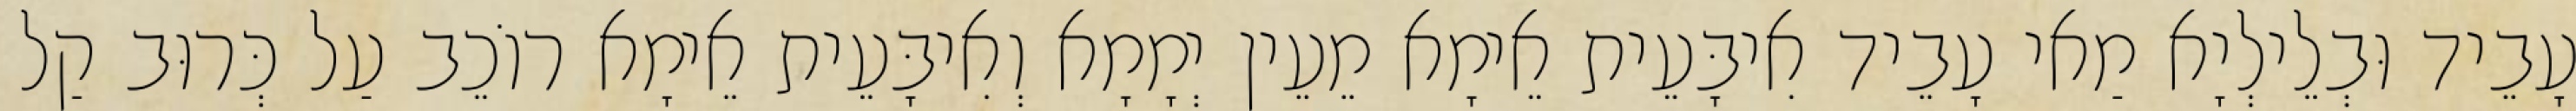
עָבֵיד וּבְלֵילְיָא מַאי עָבֵיד אִיבָּעֵית אֵימָא מֵעֵין יְמָמָא וְאִיבָּעֵית אֵימָא רוֹכֵב עַל כְּרוּב קַל